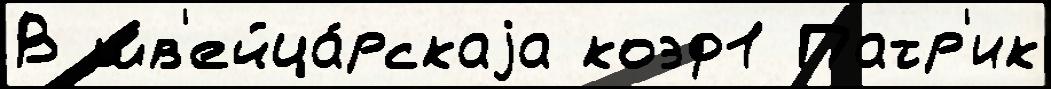
В шв'ейца́рскаjа коэф1 Патр'ик